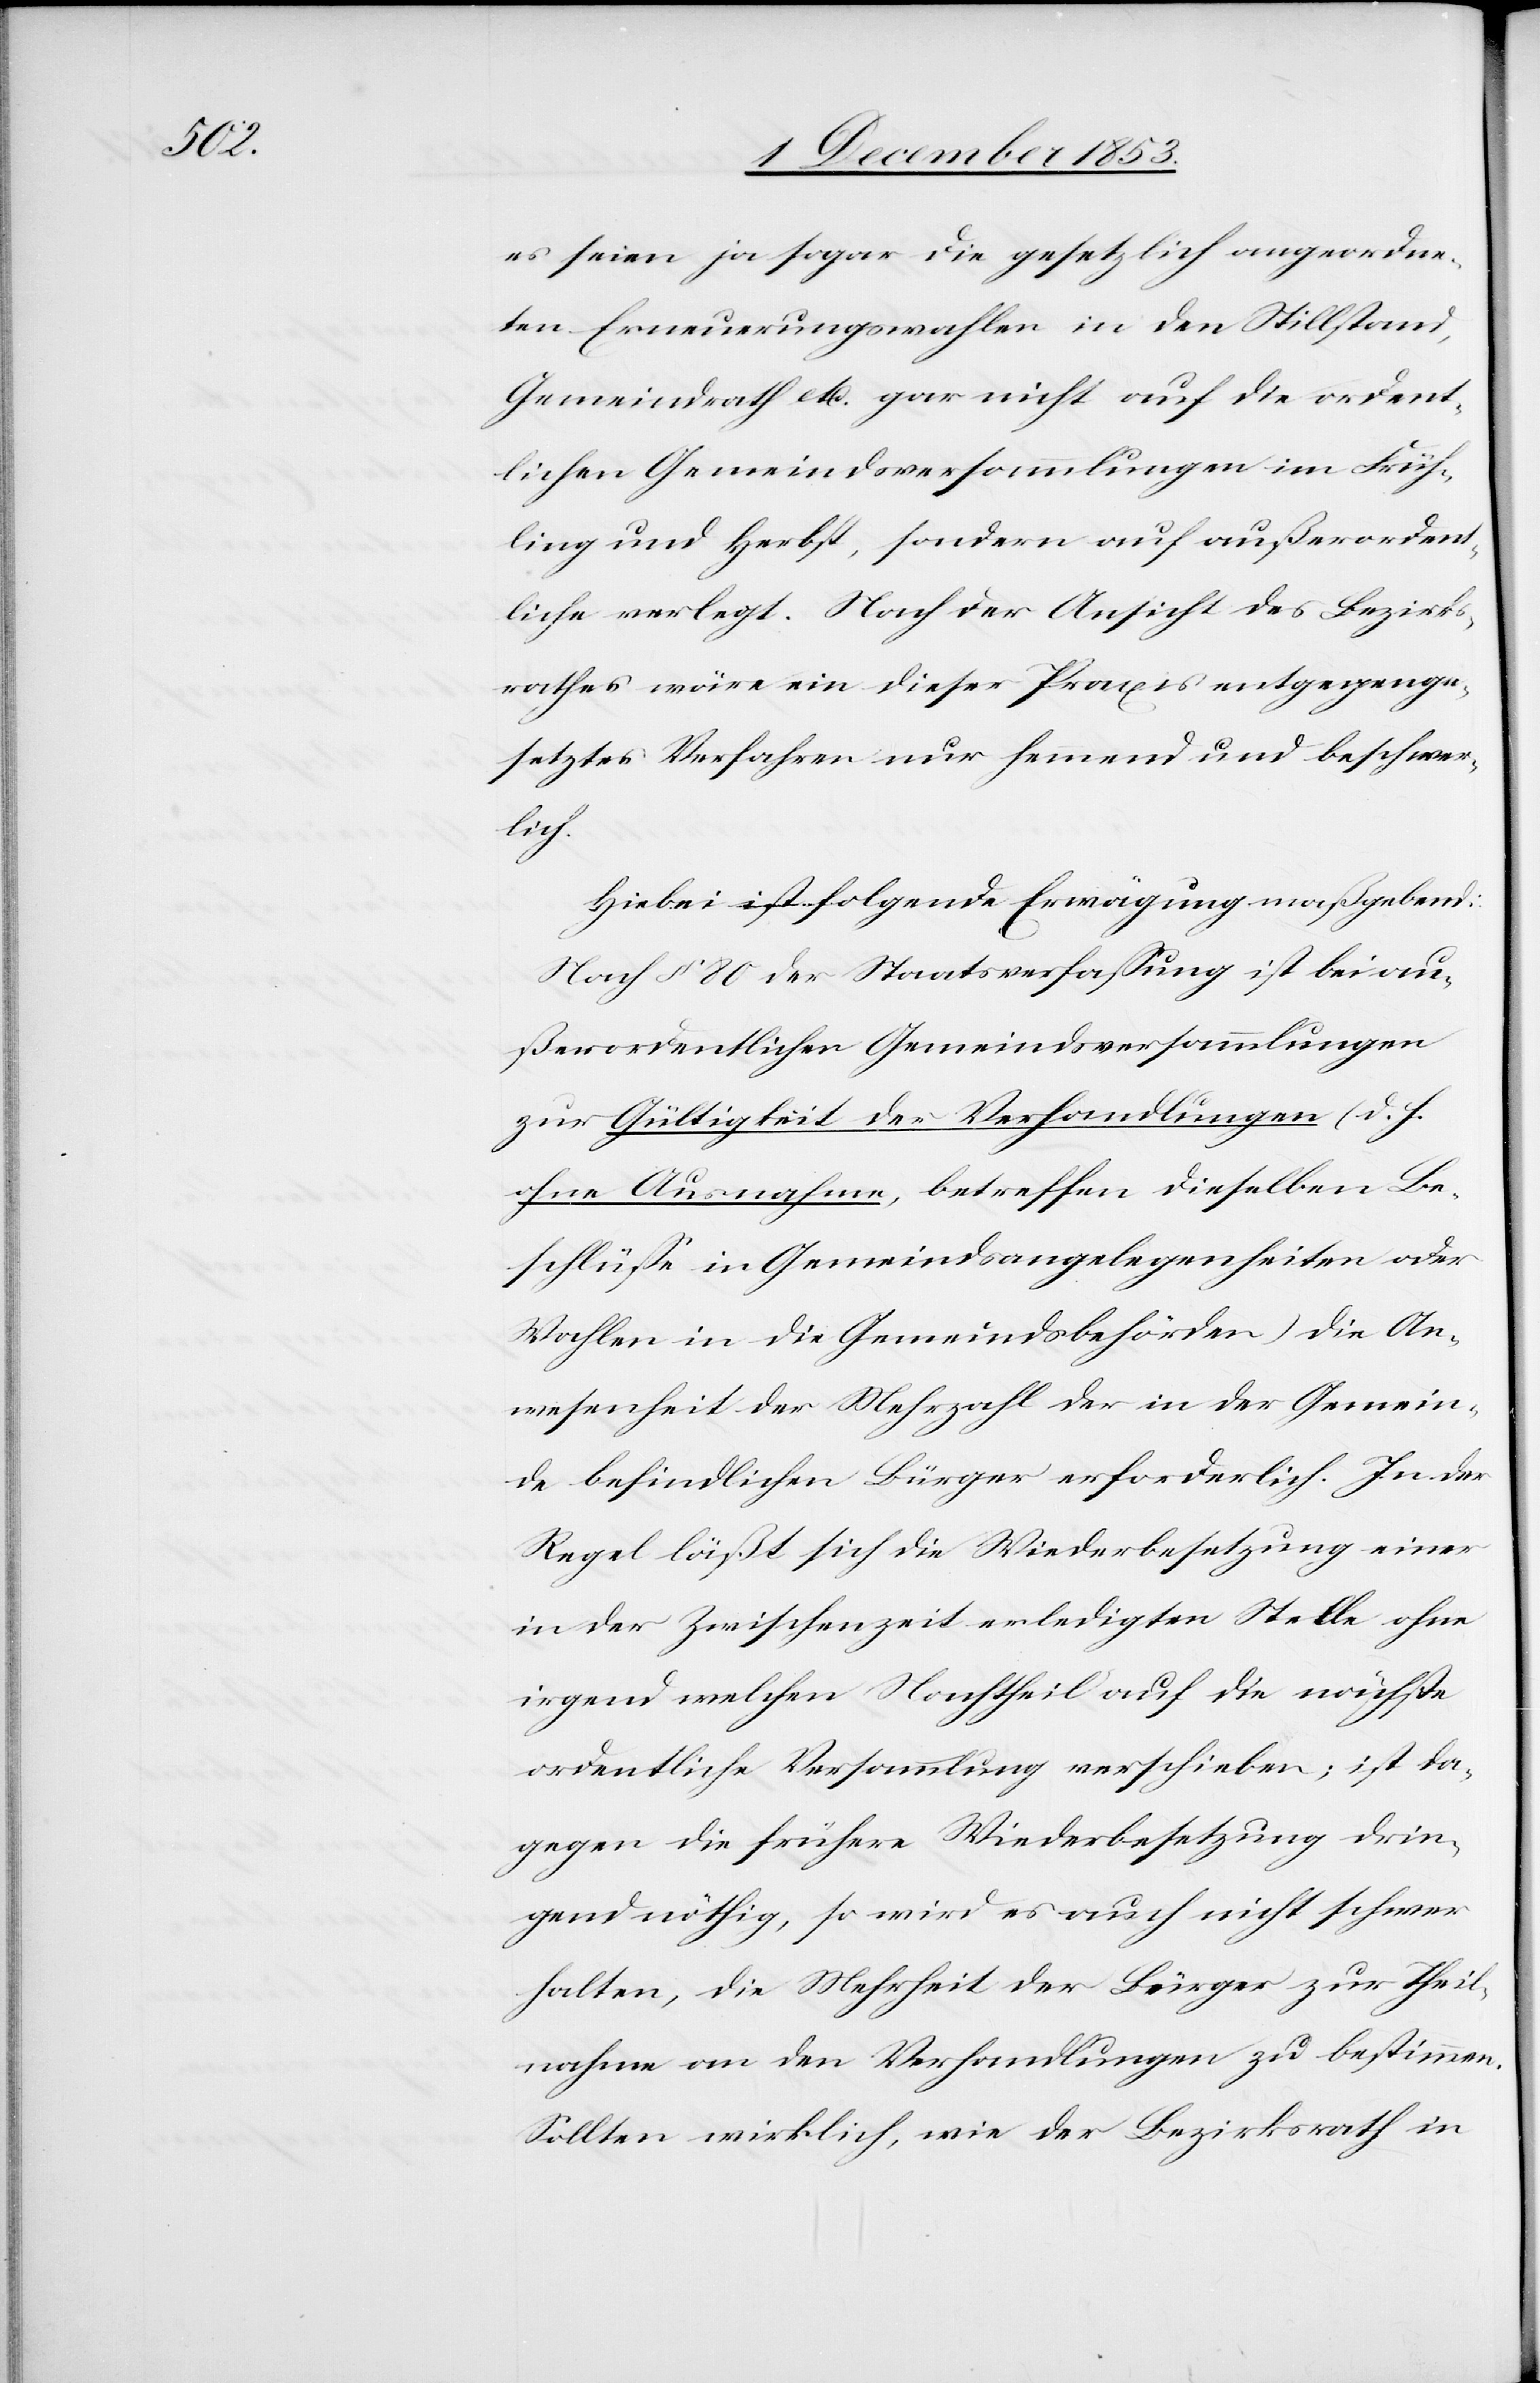
es seien ja sogar die gesetzlich angeordne¬
ten Erneuerungswahlen in den Stillstand,
Gemeindrath etc. gar nicht auf die ordent¬
lichen Gemeindsversammlungen im Früh¬
ling und Herbst, sondern auf außerordent¬
liche verlegt. Nach der Ansicht des Bezirks¬
rathes wäre ein dieser Praxis entgegenge¬
setztes Verfahren nur hemmend und beschwer¬
lich.
Hiebei ist folgende Erwägung maßgebend:
Nach § 80 der Staatsverfaßung ist bei au¬
ßerordentlichen Gemeindsversammlungen
zur Gültigkeit der Verhandlungen (d. h.
ohne Ausnahme, betreffend dieselben Be¬
schlüße in Gemeindsangelegenheiten oder
Wahlen in die Gemeindsbehörden) die An¬
wesenheit der Mehrzahl der in der Gemein¬
de befindlichen Bürger erforderlich. In der
Regel läßt sich die Wiederbesetzung einer
in der Zwischenzeit erledigten Stelle ohne
irgend welchen Nachtheil auf die nächste
ordentliche Versammlung verschieben; ist da¬
gegen die frühere Wiederbesetzung drin¬
gend nöthig, so wird es auch nicht schwer
halten, die Mehrheit der Bürger zur Theil¬
nahme an den Verhandlungen zu bestimmen.
Sollten wirklich, wie der Bezirksrath in